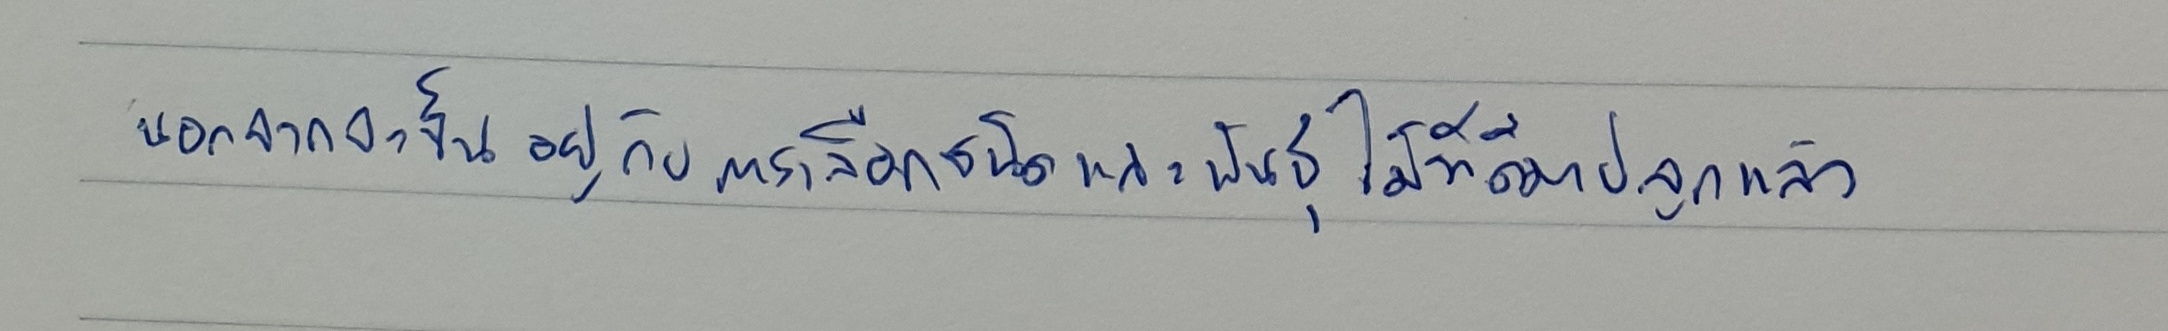
นอกจากจะขึ้นอยู่กับการเลือกชนิดและพันธุ์ไม้ที่ดีมาปลูกแล้ว